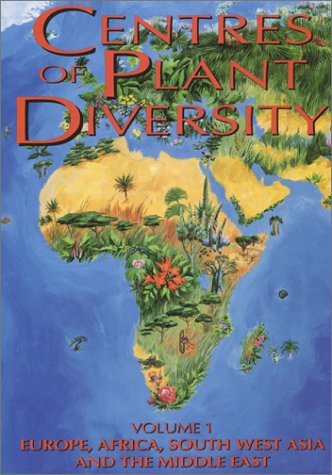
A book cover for Centres of Plant Diversity: Vol. 1 - Europe Africa South West Asia and the Middle East: A Guide And Strategy For Their Conservation; Vernon H Heywood; Travel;